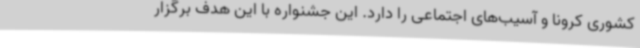
کشوری کرونا و آسیب‌های اجتماعی را دارد. این جشنواره با این هدف برگزار